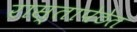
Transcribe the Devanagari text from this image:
रास्तापेठेत